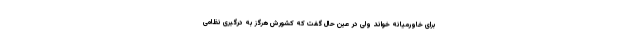
برای خاورمیانه خواند ولی در عین حال گفت که کشورش هرگز به درگیری نظامی